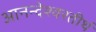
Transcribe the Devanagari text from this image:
आनन्देश्वरतीर्थ